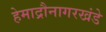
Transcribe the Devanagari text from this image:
हेमाद्रौनागरखंडे